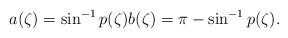
LaTeX: \begin{align*}a(\zeta) = \sin^{-1}p(\zeta) b(\zeta)=\pi -\sin^{-1}p(\zeta).\end{align*}